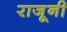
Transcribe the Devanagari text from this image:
राजूनी